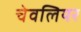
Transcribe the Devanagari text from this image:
चेवलियर